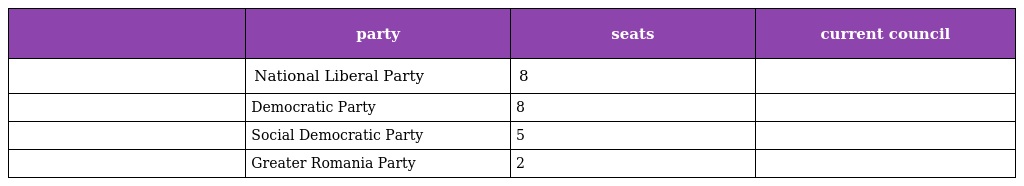
|  | party | seats | current council |
 | --- | --- | --- | --- |
 |  | National Liberal Party | 8 |  |
 |  | Democratic Party | 8 |  |
 |  | Social Democratic Party | 5 |  |
 |  | Greater Romania Party | 2 |  |